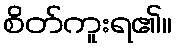
စိတ်ကူးရ၏။